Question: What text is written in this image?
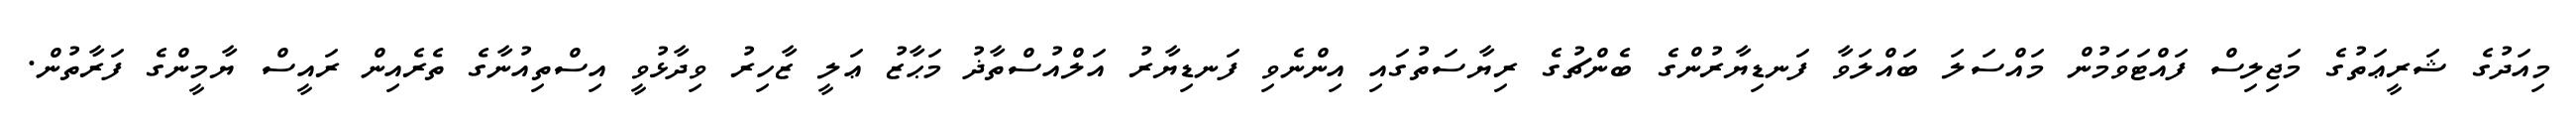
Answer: މިއަދުގެ ޝަރީޢަތުގެ މަޖިލިސް ފައްޓަވަމުން މައްސަލަ ބައްލަވާ ފަނޑިޔާރުންގެ ބެންޗުގެ ރިޔާސަތުގައި އިންނެވި ފަނޑިޔާރު އަލްއުސްތާޛު މަޙާޒު ޢަލީ ޒާހިރު ވިދާޅުވީ އިސްތިއުނާގެ ތެރެއިން ރައީސް ޔާމީންގެ ފަރާތުން.